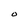
Character: O